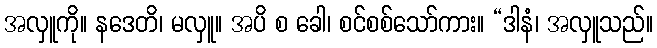
အလှူကို။ နဒေတိ၊ မလှူ။ အပိ စ ခေါ၊ စင်စစ်သော်ကား။ “ဒါနံ၊ အလှူသည်။